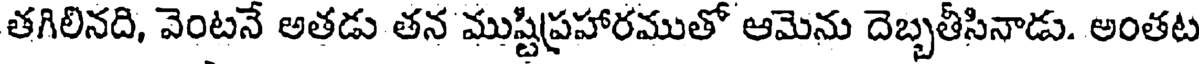
తగిలినది, వెంటనే అతడు తన ముష్టిప్రహారముతో ఆమెను దెబ్బతీసినాడు. అంతట